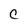
Character: C